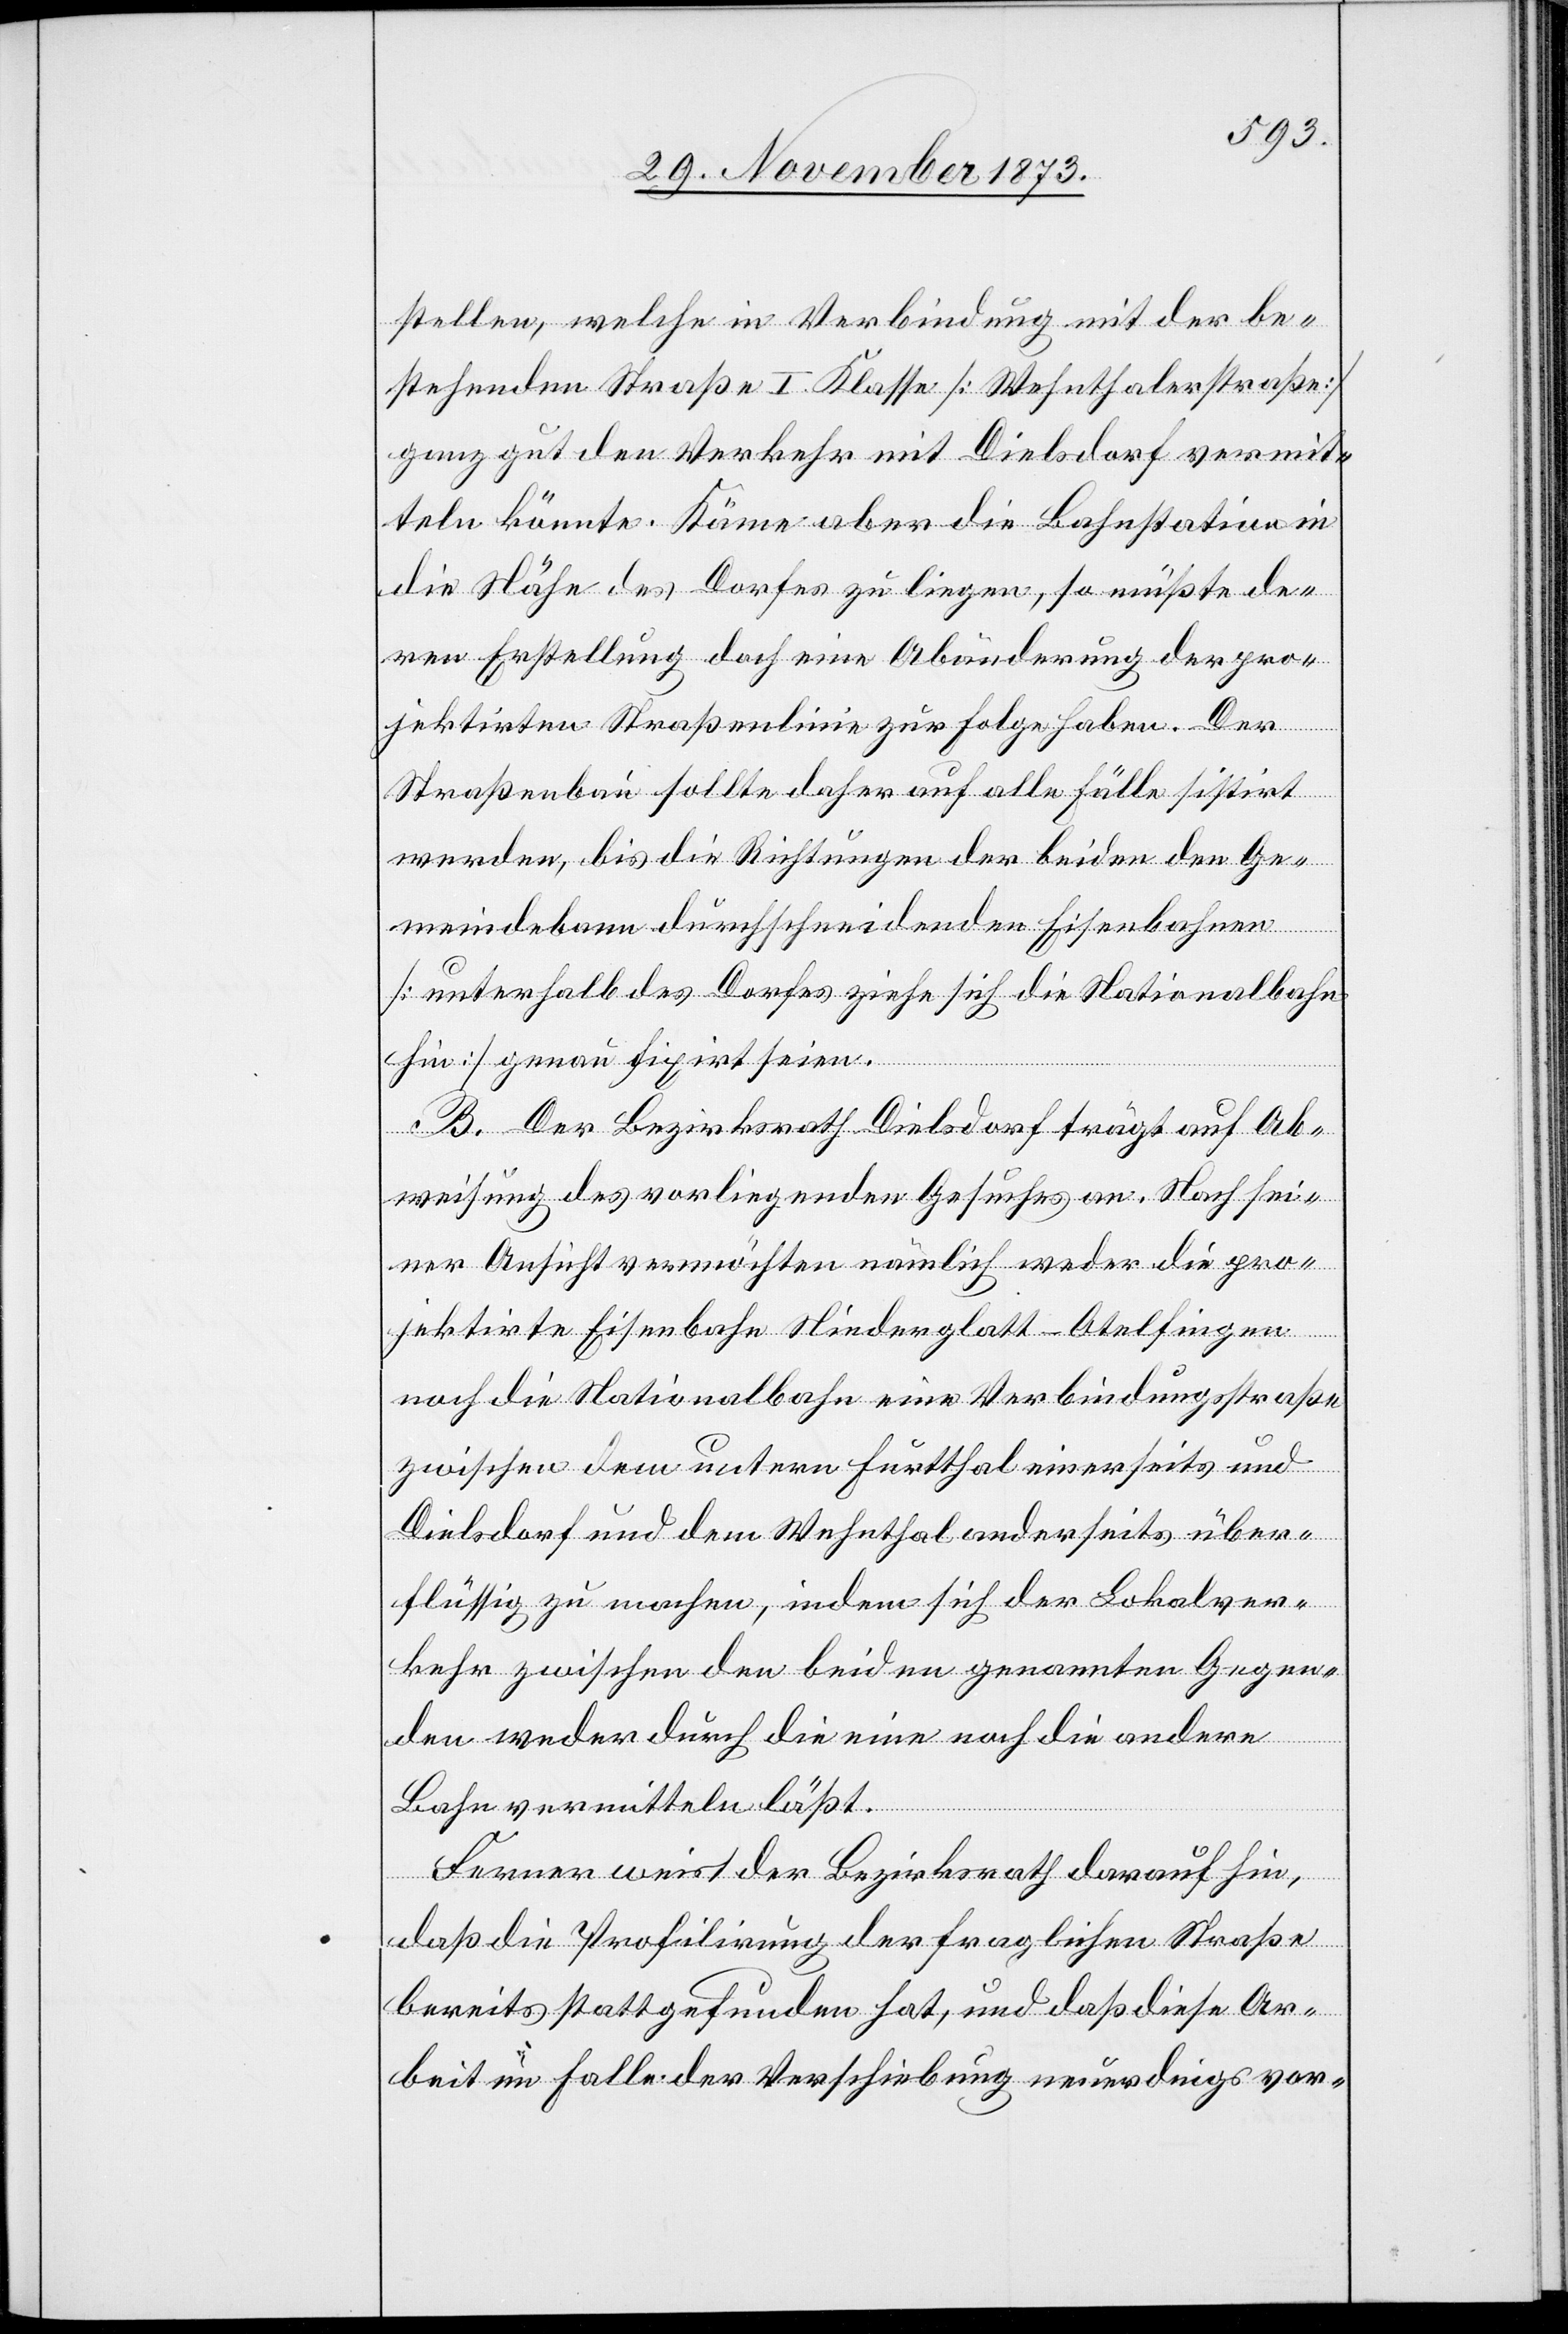
stellen, welche in Verbindung mit der be¬
stehenden Straße I. Klasse [Wehnthalerstraße]
ganz gut den Verkehr mit Dielsdorf vermit¬
teln könnte. Käme aber die Bahnstation in
die Nähe des Dorfes zu liegen, so müßte de¬
ren Erstellung doch einen Abänderung der pro¬
jektirten Straßenlinie zur Folge haben. Der
Straßenbau sollte daher auf alle Fälle sistirt
werden, bis die Richtungen der beiden den Ge¬
meindebann durchschneidenden Eisenbahnen
[unterhalb des Dorfes ziehe sich die Nationalbahn
hin] genau fixirt seien.
B. Der Bezirksrath Dielsdorf trägt auf Ab¬
weisung des vorliegenden Gesuches an. Nach sei¬
ner Ansicht vermöchten nämlich weder die pro¬
jektirte Eisenbahn Niederglatt–Otelfingen
noch die Nationalbahn eine Verbindungsstraße
zwischen dem untern Furtthal einerseits und
Dielsdorf und dem Wehnthal anderseits über¬
flüssig zu machen, indem sich der Lokalver¬
kehr zwischen den beiden genannten Gegen¬
den weder durch die eine noch die andere
Bahn vermitteln läßt.
Ferner weist der Bezirksrath darauf hin,
daß die Profilirung der fraglichen Straße
bereits stattgefunden hat, und daß diese Ar¬
beit im Falle der Verschiebung neuerdings vor-